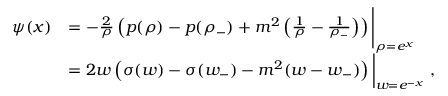
\begin{array} { r l } { \psi ( x ) } & { = - \frac { 2 } { \rho } \left( p ( \rho ) - p ( \rho _ { - } ) + m ^ { 2 } \left( \frac { 1 } { \rho } - \frac { 1 } { \rho _ { - } } \right) \right) \Bigg | _ { \rho = e ^ { x } } } \\ & { = 2 w \left( \sigma ( w ) - \sigma ( w _ { - } ) - m ^ { 2 } ( w - w _ { - } ) \right) \bigg | _ { w = e ^ { - x } } \ , } \end{array}